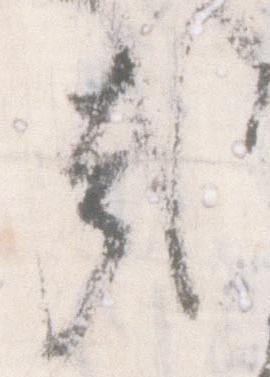
哉